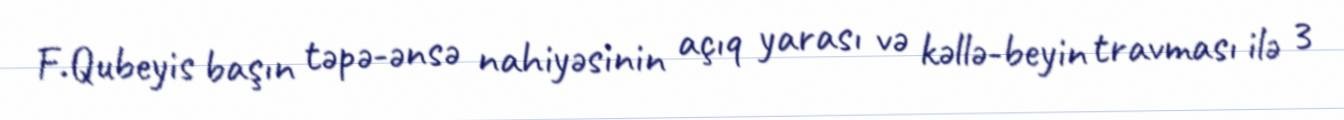
F.Qubeyis başın təpə-ənsə nahiyəsinin açıq yarası və kəllə-beyin travması ilə 3